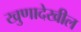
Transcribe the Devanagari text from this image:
खुणादेखील